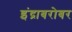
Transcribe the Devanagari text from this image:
इंद्राबरोबर